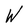
Character: W